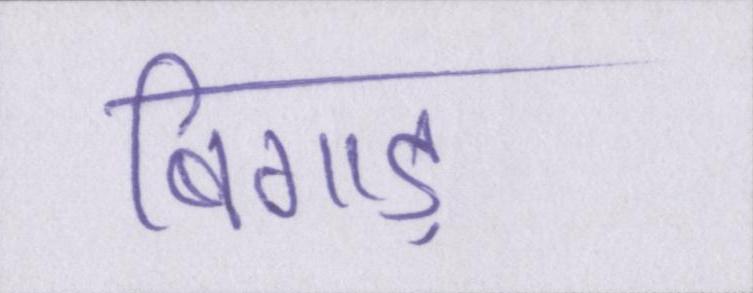
बिगाड़